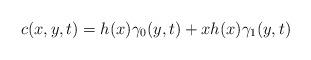
LaTeX: \begin{align*}c(x,y,t)=h(x)\gamma_{0}(y,t)+xh(x)\gamma_{1}(y,t)\end{align*}